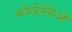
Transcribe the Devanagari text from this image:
कोम्प्रेस्सिओं